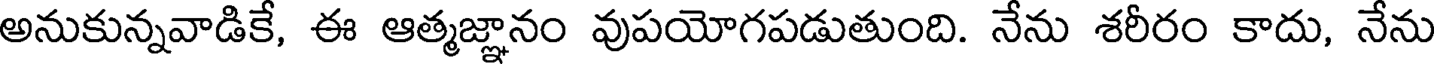
అనుకున్నవాడికే, ఈ ఆత్మజ్ఞానం వుపయోగపడుతుంది. నేను శరీరం కాదు, నేను